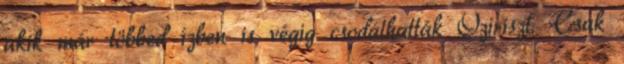
akik már többed ízben is végig csodálhatták Oziriszt. Csak